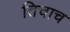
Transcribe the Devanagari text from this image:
तिचाच